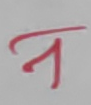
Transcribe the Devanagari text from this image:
न